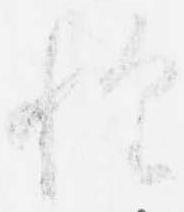
惶